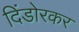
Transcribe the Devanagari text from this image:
दिंडोरकर